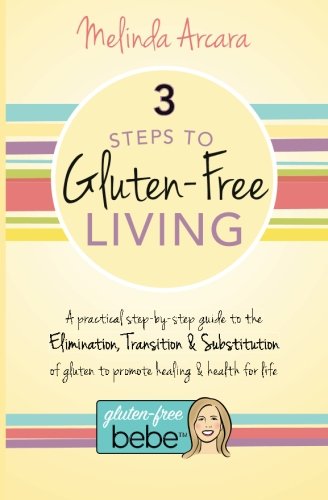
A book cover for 3 Steps to Gluten-Free Living; Melinda Arcara; Health, Fitness & Dieting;